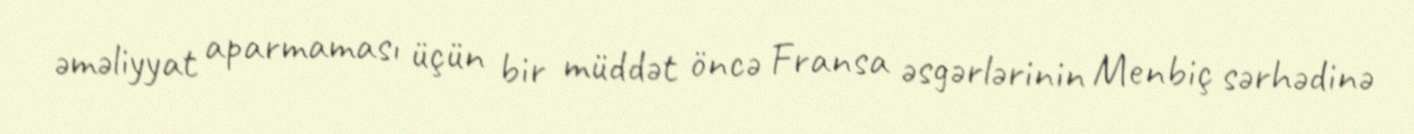
əməliyyat aparmaması üçün bir müddət öncə Fransa əsgərlərinin Menbiç sərhədinə